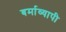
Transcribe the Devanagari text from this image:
बर्माव्यापी